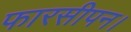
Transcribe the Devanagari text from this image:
फारसीपन।